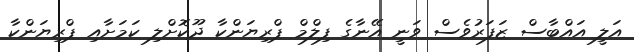
އަލީ އައްބާސް ޒަފަރުވެސް ވަނީ އޭނާގެ ފިލްމް ޕްރިޔަންކާ ދޫކޮށްލި ކަމަށާއި ޕްރިޔަންކާ